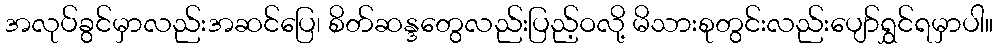
အလုပ်ခွင်မှာလည်းအဆင်ပြေ၊ စိတ်ဆန္ဒတွေလည်းပြည့်ဝလို့ မိသားစုတွင်းလည်းပျော်ရွှင်ရမှာပါ။